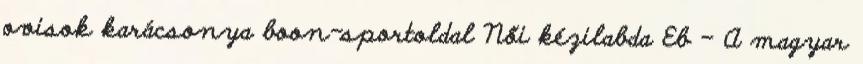
ovisok karácsonya boon-sportoldal Női kézilabda Eb – A magyar